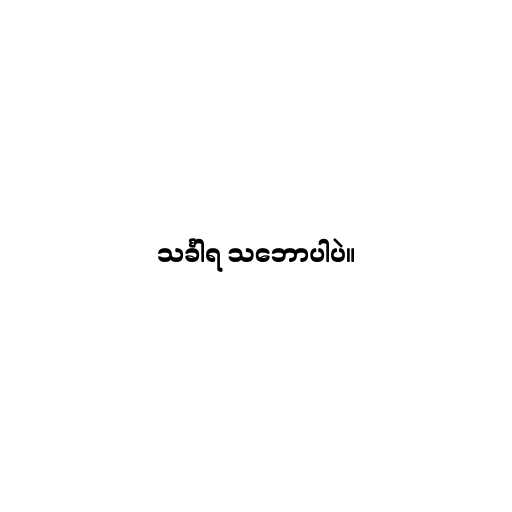
သင်္ခါရ သ‌ဘောပါပဲ။